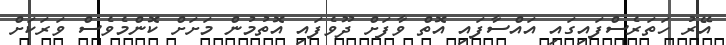
އޭރު ހަތަރެސްފައިގައި އައްސާފައި އޮތް ވާފަށް ދޫވެފައި އޮތުމުން މަށަށް ކޮންމެވެސް ވަރަކަށް